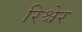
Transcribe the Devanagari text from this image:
रिश्चेर